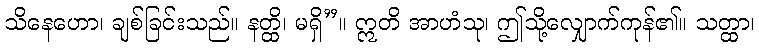
သိနေဟော၊ ချစ်ခြင်းသည်။ နတ္ထိ၊ မရှိ”။ ဣတိ အာဟံသု၊ ဤသို့လျှောက်ကုန်၏။ သတ္ထာ၊